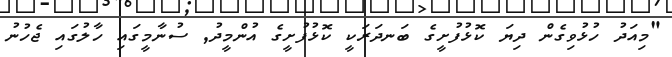
"މިއަދު ހުޅުވިގެން ދިޔަ ކޮޅުފުށީގެ ބަނދަރަކީ ކޮޅުފުށީގެ އުންމީދު